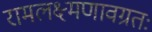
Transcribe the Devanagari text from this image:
रामलक्ष्मणावग्रतः